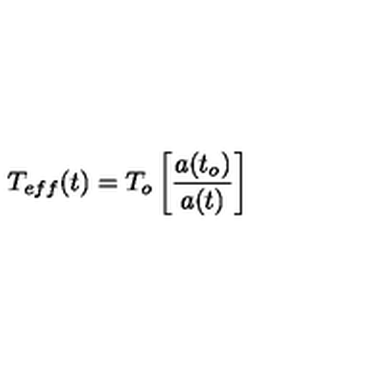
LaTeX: T _ { e f f } ( t ) = T _ { o } \left[ \frac { a ( t _ { o } ) } { a ( t ) } \right]